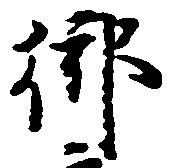
御